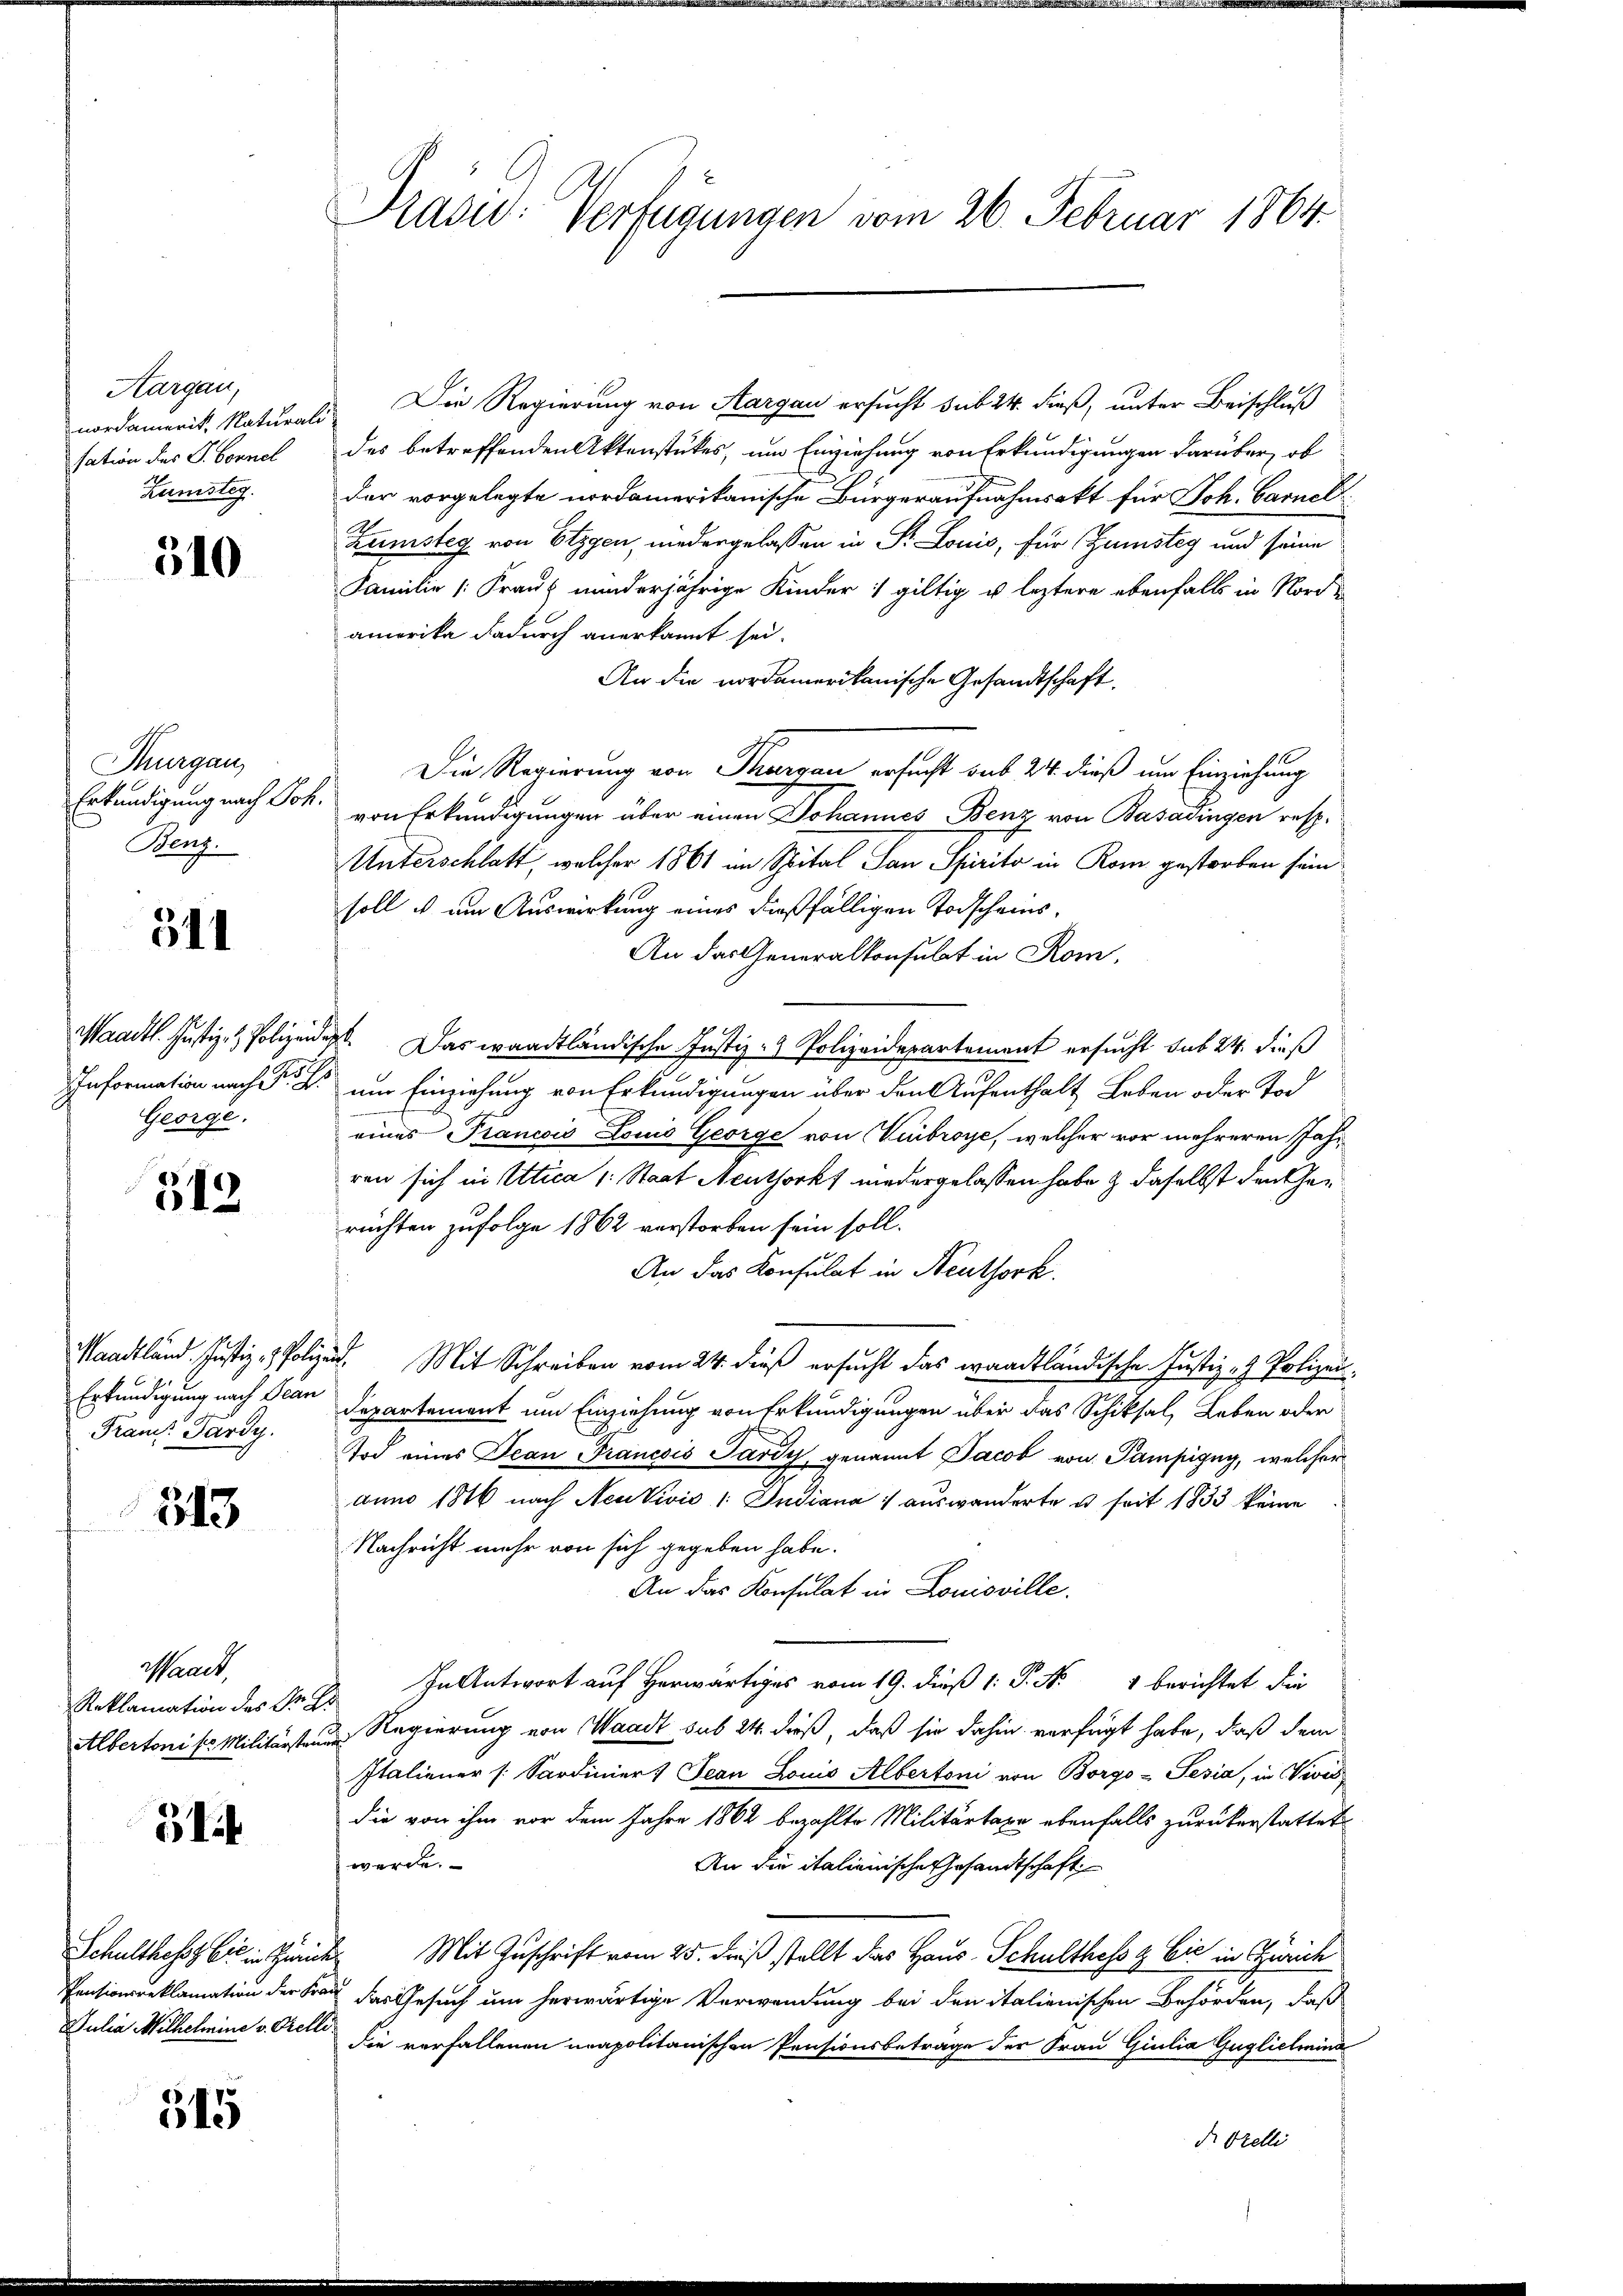
Aargau,
nordamerit, Naturali
sation des G. Connel
Kunsteg.

510

Thurgau,
Erkundigung nach Joh.
Benz.

511

Maadtl. Justiz- & Polizei
George.

)
612

Frau Pardy

313

Waadt,
Reklamation des Pr

14

Pensionsreklamation der Fr
Julia Wilhelmine v. Orelli

515

Präsid: Verfügungen vom 26. Februar 1864.

Die Regierung von Aargau ersucht sub 24. dieß, unter Beischluß
des betreffenden Aktenstükes, um Einziehung von Erkundigungen darüber, ob
der vorgelegte nordamerikanische Bürgeraufnahmsakt für Joh. Carnel
Zünsteg von Etzgen, niedergelassen in Fr. Louis, für Gunsteg und seine
Familie (Franz minderjährige Kinder 1 giltig u. leztere ebenfalls in Nord-
amerika dadurch anerkannt sei.
An die vordamerikanische Gesandtschaft.
Die Regierung von Thurgau ersucht sub 24 dieß um Einziehung
von Erkundigungen über einen Johannes Benz von Basadingen resp.
Unterschlatt, welcher 1861 im Spital San Spirito in Rom gestorben sein
soll u um Auswirkung eines dießfälligen Todscheins¬
An das Generalkonsulat in Rom,
Jes. Das waadtländische Justiz- & Polizeidepartement ersucht sub 24. dieß
Information nach Sr. Er um Einziehung von Erkundigungen über den Aufenthalt Leben oder Tod
eines Prancois Louis George von Verbroye, welcher vor mehreren Jahr
ren sich in Attica (: Staat Neuthorks niedergelassen habe & daselbst den Gerüchten zufolge 1862 verstorben sein soll.
An das Konsulat in Neuthork
Saadtländ. Justiz- & Polizeid. Mit Schreiben vom 24. dieß ersucht das waadtländische Justiz- & Polizei.
Erkundigung nach Plan Departement um Einziehung von Erkundigungen über das Schiksal, Leben oder
Tod eines Jean Francsis Pardy, genannt Jacob von Pampigny, welcher
duno 1816 nach Neukivić /: Indiana auswanderte u. seit 1833 keine
Nachricht mehr von sich gegeben habe.
An das Konsulat in Louisville.
In Antwort auf Herwärtiges vom 19. dieß 1: P. Nr. 1 berichtet die
Ja
Albertoni so Militärsten Regierung von Waadt sub 24. dieß, daß sie dahin verfügt habe, daß dem
Italiener (: Sardiniert Jean Louis Albertoni von Borgo - Pesia, in Vivis
die von ihm vor dem Jahre 1862 bezahlte Militärtaxe ebenfalls zurückerstattet
werde.
An die italienische Gesandtschaft
Schulthess bis in Zürich Mit Zuschrift vom 25. dieß stellt das Haus. Schultheß & Cie in Zürich
au das Gesuch um herwärtige Verwendung bei den italienischen Behörden, daß
die verfallenen neapolitanischen Pensionsbeträge der Frau Giulia Guglielmind
Dr. Orelli